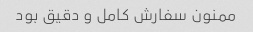
ممنون سفارش کامل و دقیق بود